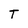
Character: T